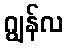
ဂျွန်လ